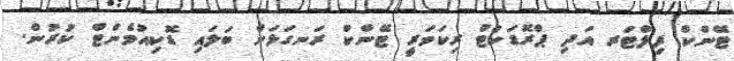
ޓޭންކް ފިލްޓަރ އަދި ޕްރޮޑަކްޓް ރިކަވަރީ ޓޭންކް ރަނގަޅަށް ބަލައި ޑޮކިއުމެންޓް ކުރުން.